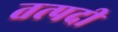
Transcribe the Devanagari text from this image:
तत्पदी